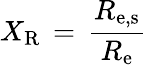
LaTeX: X_{\mathrm{{R}}}\, =\, \frac{R_{\mathrm{{e,s}}}}{R_{\mathrm{{e}}}}